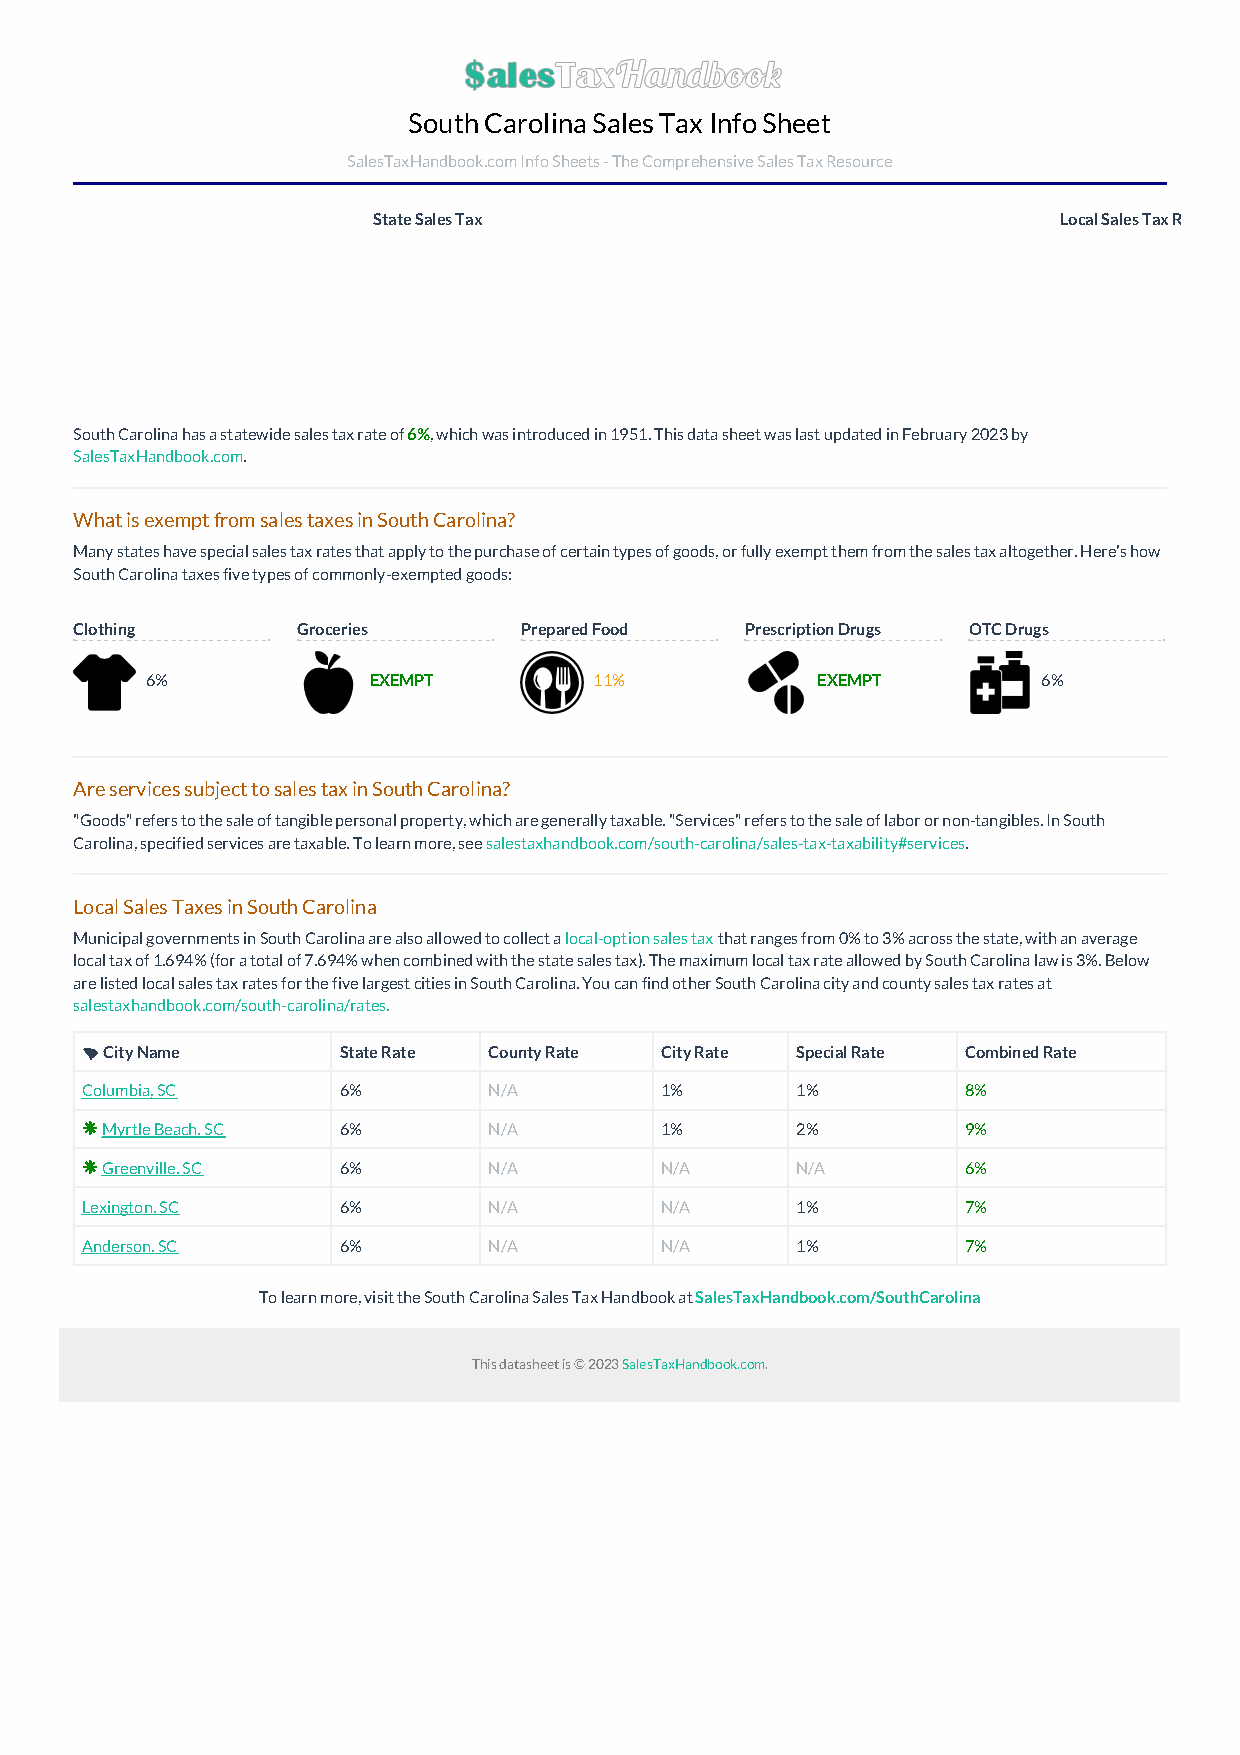
South Carolina Sales Tax Info Sheet
 SalesTaxHandbook.com Info Sheets - The Comprehensive Sales Tax Resource
 State Sales Tax                              Local Sales Tax Range
 South Carolina has a statewide sales tax rate of 6%, which was introduced in 1951. This data sheet was last updated in February 2023 by
 SalesTaxHandbook.com.
 What is exempt from sales taxes in South Carolina?
 Many states have special sales tax rates that apply to the purchase of certain types of goods, or fully exempt them from the sales tax altogether. Here's how
 South Carolina taxes five types of commonly-exempted goods:
 Clothing       Groceries     Prepared Food  Prescription Drugs OTC Drugs
 6%            EXEMPT         11%            EXEMPT         6%
 Are services subject to sales tax in South Carolina?
 "Goods" refers to the sale of tangible personal property, which are generally taxable. "Services" refers to the sale of labor or non-tangibles. In South
 Carolina, specified services are taxable. To learn more, see salestaxhandbook.com/south-carolina/sales-tax-taxability#services.
 Local Sales Taxes in South Carolina
 Municipal governments in South Carolina are also allowed to collect a local-option sales tax that ranges from 0% to 3% across the state, with an average
 local tax of 1.694% (for a total of 7.694% when combined with the state sales tax). The maximum local tax rate allowed by South Carolina law is 3%. Below
 are listed local sales tax rates for the five largest cities in South Carolina. You can find other South Carolina city and county sales tax rates at
 salestaxhandbook.com/south-carolina/rates.
 nCity Name       State Rate County Rate City Rate Special Rate Combined Rate
 Columbia, SC     6%        N/A         1%       1%         8%
 * Myrtle Beach, SC 6%      N/A         1%       2%         9%
 * Greenville, SC 6%        N/A         N/A      N/A        6%
 Lexington, SC    6%        N/A         N/A      1%         7%
 Anderson, SC     6%        N/A         N/A      1%         7%
 To learn more, visit the South Carolina Sales Tax Handbook at SalesTaxHandbook.com/SouthCarolina
 This datasheet is © 2023 SalesTaxHandbook.com.